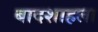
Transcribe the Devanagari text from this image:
बादशाहला